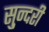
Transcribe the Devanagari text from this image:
सु्न्दरी